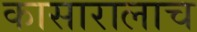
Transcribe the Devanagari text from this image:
कासारालाच